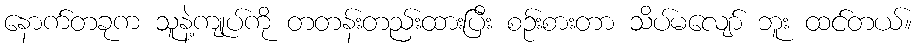
နောက်တခုက သူနဲ့ကျုပ်ကို တတန်းတည်းထားပြီး စဉ်းစားတာ သိပ်မလျော် ဘူး ထင်တယ်။